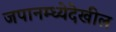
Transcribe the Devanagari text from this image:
जपानम्ध्येदेखील